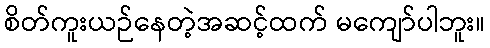
စိတ်ကူးယဉ်နေတဲ့အဆင့်ထက် မကျော်ပါဘူး။